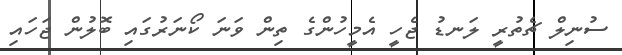
ސުނިލް ޗެތުރީ ލަނޑު ޖެހީ އެމީހުންގެ ތިން ވަނަ ކޯނަރުގައި ބޮލުން ޖަހައި